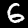
Digit: 6